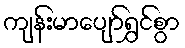
ကျန်းမာပျော်ရွှင်စွာ